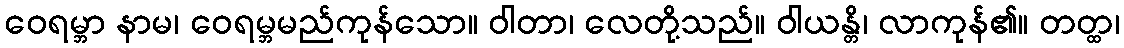
ဝေရမ္ဘာ နာမ၊ ဝေရမ္ဘမည်ကုန်သော။ ဝါတာ၊ လေတို့သည်။ ဝါယန္တိ၊ လာကုန်၏။ တတ္ထ၊